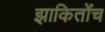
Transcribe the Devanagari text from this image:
झाकितोंच